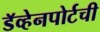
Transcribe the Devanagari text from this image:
डॅव्हेनपोर्टची